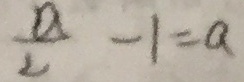
\frac { a } { 2 } - 1 = a